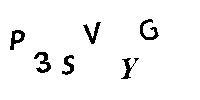
P3SVYG